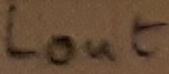
Text: LOUT